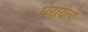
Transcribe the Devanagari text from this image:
घेरायेलो